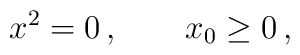
x^2=0\,,\;\;\;\;\;\;\;x_0\geq 0\,,